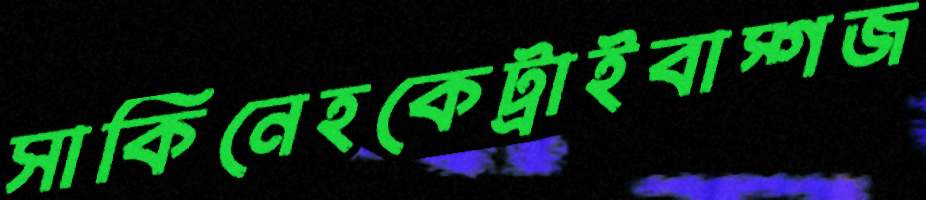
সাকিনেহকেট্রাইবাস্গজ